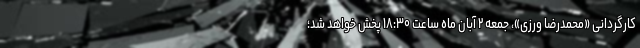
کارگردانی «محمدرضا ورزی»، جمعه ۲ آبان ماه ساعت ۱۸:۳۰ پخش خواهد شد؛